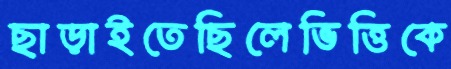
ছাড়াইতেছিলেভিত্তিকে